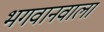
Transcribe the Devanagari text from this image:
भगवानवाला